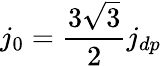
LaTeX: j_{0}=\frac{3\sqrt{3}}{2}j_{dp}